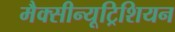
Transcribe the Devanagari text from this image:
मैक्सीन्यूट्रिशियन